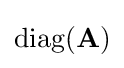
\operatorname {diag} (\mathbf {A} )